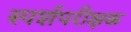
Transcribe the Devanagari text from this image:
स्पर्शपरीक्षक